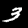
Digit: 3